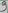
Text: 9